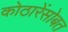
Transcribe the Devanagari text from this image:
कोठारेंसोबत